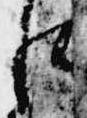
に